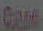
Gane